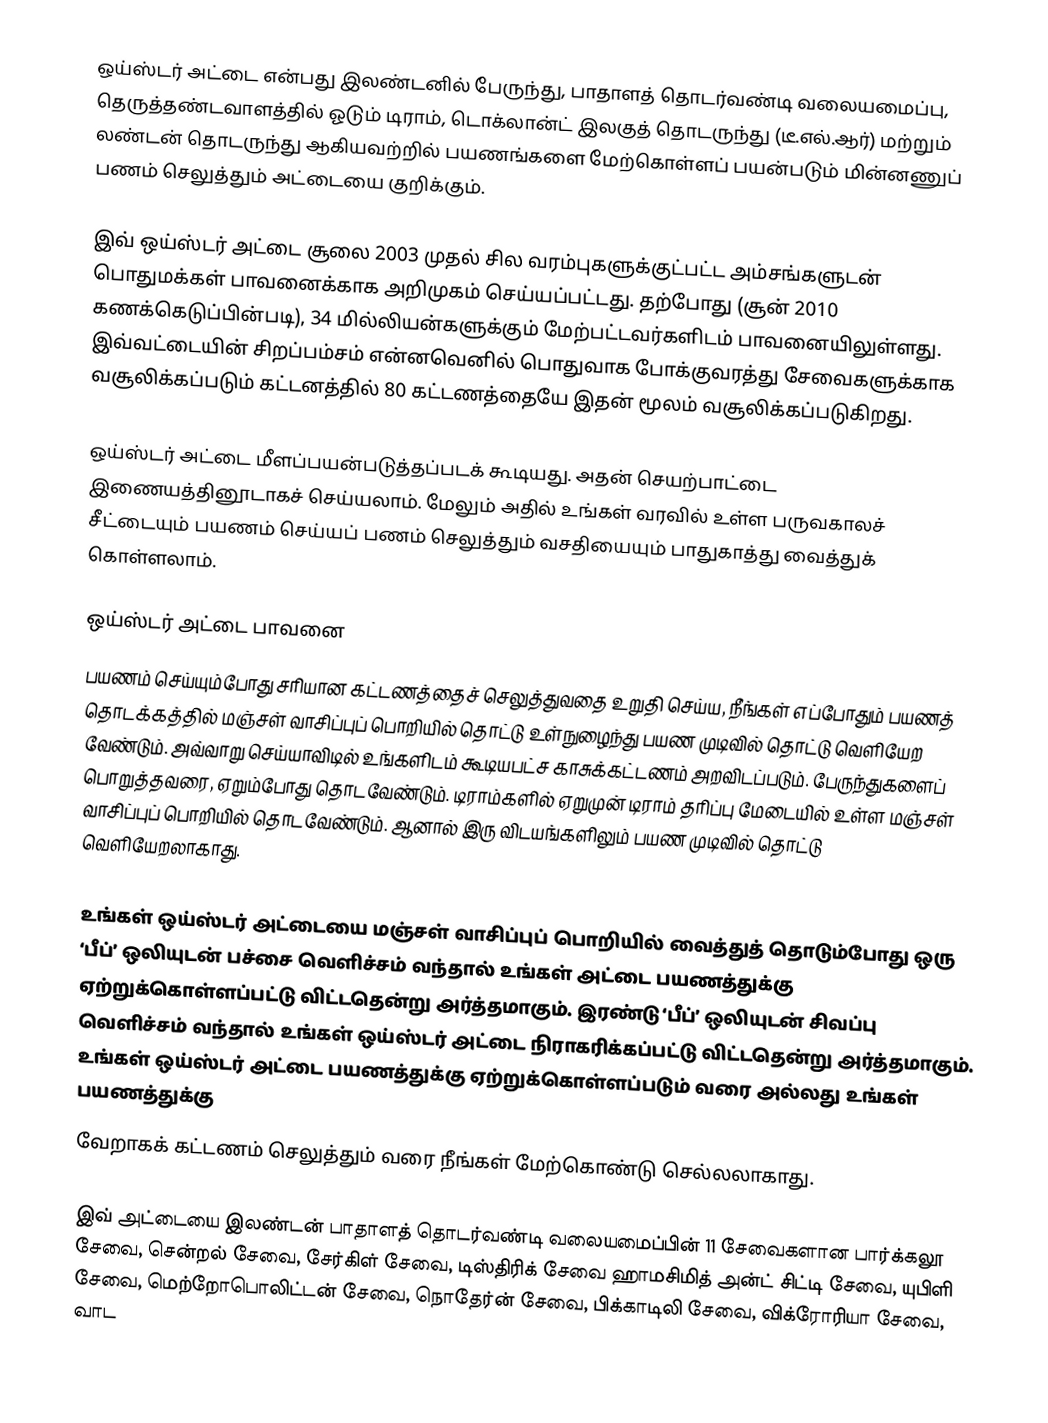
ஒய்ஸ்டர் அட்டை என்பது இலண்டனில் பேருந்து, பாதாளத் தொடர்வண்டி வலையமைப்பு, தெருத்தண்டவாளத்தில் ஓடும் டிராம், டொக்லான்ட் இலகுத் தொடருந்து (டீ.எல்.ஆர்) மற்றும் லண்டன் தொடருந்து ஆகியவற்றில் பயணங்களை மேற்கொள்ளப் பயன்படும் மின்னணுப் பணம் செலுத்தும் அட்டையை குறிக்கும்.

இவ் ஒய்ஸ்டர் அட்டை சூலை 2003 முதல் சில வரம்புகளுக்குட்பட்ட அம்சங்களுடன் பொதுமக்கள் பாவனைக்காக அறிமுகம் செய்யப்பட்டது. தற்போது (சூன் 2010 கணக்கெடுப்பின்படி), 34 மில்லியன்களுக்கும் மேற்பட்டவர்களிடம் பாவனையிலுள்ளது. இவ்வட்டையின் சிறப்பம்சம் என்னவெனில் பொதுவாக போக்குவரத்து சேவைகளுக்காக வசூலிக்கப்படும் கட்டனத்தில் 80 கட்டணத்தையே இதன் மூலம் வசூலிக்கப்படுகிறது.

ஒய்ஸ்டர் அட்டை மீளப்பயன்படுத்தப்படக் கூடியது. அதன் செயற்பாட்டை இணையத்தினூடாகச் செய்யலாம். மேலும் அதில் உங்கள் வரவில் உள்ள பருவகாலச் சீட்டையும் பயணம் செய்யப் பணம் செலுத்தும் வசதியையும் பாதுகாத்து வைத்துக் கொள்ளலாம்.

ஒய்ஸ்டர் அட்டை பாவனை
பயணம் செய்யும்போது சரியான கட்டணத்தைச் செலுத்துவதை உறுதி செய்ய, நீங்கள் எப்போதும் பயணத் தொடக்கத்தில் மஞ்சள் வாசிப்புப் பொறியில் தொட்டு உள்நுழைந்து பயண முடிவில் தொட்டு வெளியேற வேண்டும். அவ்வாறு செய்யாவிடில் உங்களிடம் கூடியபட்ச காசுக்கட்டணம் அறவிடப்படும். பேருந்துகளைப் பொறுத்தவரை, ஏறும்போது தொடவேண்டும். டிராம்களில் ஏறுமுன் டிராம் தரிப்பு மேடையில் உள்ள மஞ்சள் வாசிப்புப் பொறியில் தொடவேண்டும். ஆனால் இரு விடயங்களிலும் பயண முடிவில் தொட்டு வெளியேறலாகாது.

உங்கள் ஒய்ஸ்டர் அட்டையை மஞ்சள் வாசிப்புப் பொறியில் வைத்துத் தொடும்போது ஒரு ‘பீப்’ ஒலியுடன் பச்சை வெளிச்சம் வந்தால் உங்கள் அட்டை பயணத்துக்கு ஏற்றுக்கொள்ளப்பட்டு விட்டதென்று அர்த்தமாகும். இரண்டு ‘பீப்’ ஒலியுடன் சிவப்பு வெளிச்சம் வந்தால் உங்கள் ஒய்ஸ்டர் அட்டை நிராகரிக்கப்பட்டு விட்டதென்று அர்த்தமாகும். உங்கள் ஒய்ஸ்டர் அட்டை பயணத்துக்கு ஏற்றுக்கொள்ளப்படும் வரை அல்லது உங்கள் பயணத்துக்கு
வேறாகக் கட்டணம் செலுத்தும் வரை நீங்கள் மேற்கொண்டு செல்லலாகாது.

இவ் அட்டையை இலண்டன் பாதாளத் தொடர்வண்டி வலையமைப்பின் 11 சேவைகளான பார்க்கலூ சேவை, சென்றல் சேவை, சேர்கிள் சேவை, டிஸ்திரிக் சேவை ஹாமசிமித் அன்ட் சிட்டி சேவை, யுபிளி சேவை, மெற்றோபொலிட்டன் சேவை, நொதேர்ன் சேவை, பிக்காடிலி சேவை, விக்ரோரியா சேவை, வாட